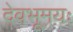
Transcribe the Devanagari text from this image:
देवभूमयः